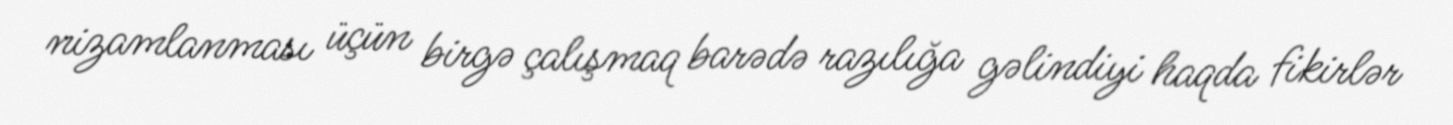
nizamlanması üçün birgə çalışmaq barədə razılığa gəlindiyi haqda fikirlər